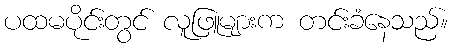
ပထမပိုင်းတွင် လူဖြူများက တင်းခံနေသည်။